Document type: Barter
Year: 1304
Scribe: Pere Pometa
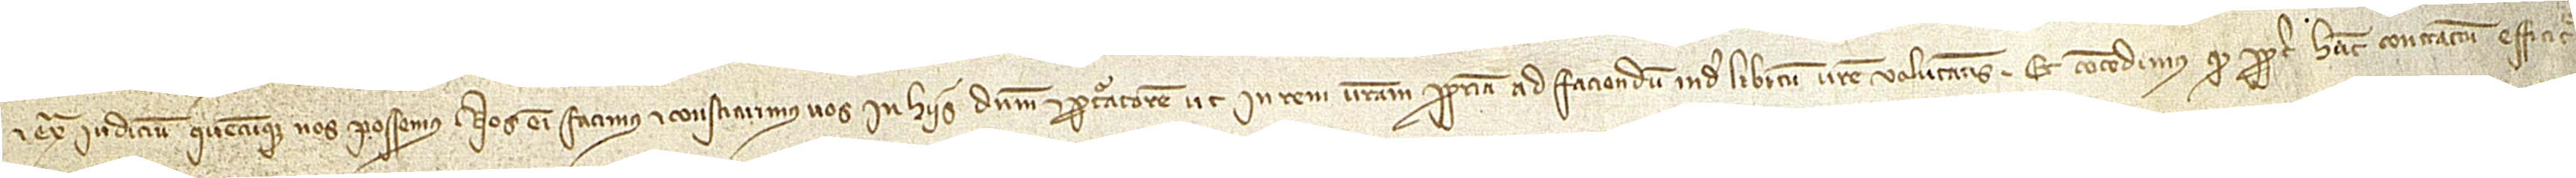
et extra iudicium quecumque nos possemus. Nos enim facimus et constituimus vos in hiis dominum et procuratorem ut in rem vestram propriam ad faciendum inde libitum vestre voluntatis. Et concedimus quod propter hanc contractum efficitur